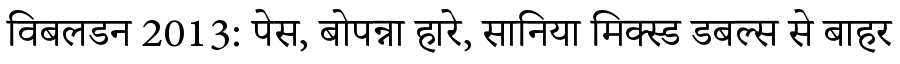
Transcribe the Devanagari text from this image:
विबलडन 2013: पेस, बोपन्ना हारे, सानिया मिक्स्ड डबल्स से बाहर